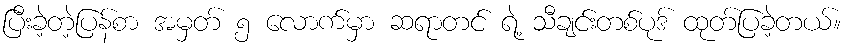
ပြီးခဲ့တဲ့ပြန်စာ အမှတ် ၅ လောက်မှာ ဆရာတင် ရဲ့ သီချင်းတစ်ပုဒ် ထုတ်ပြခဲ့တယ်။